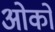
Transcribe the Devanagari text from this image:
ओको